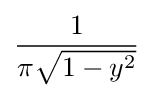
{\frac {1}{\pi {\sqrt {1-y^{2}}}}}